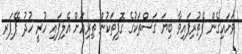
ވަށައިގެން ފެތުރިފައިވާ ބިޔަ ގަސްތަކުގެ ގޮފިތަކުން ތިރިއަށް އެލިފައި ހުރީ ހުދު ޕޭޕަރ